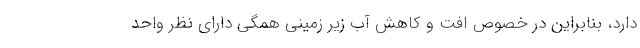
دارد، بنابراین در خصوص افت و کاهش آب زیر زمینی همگی دارای نظر واحد